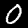
Label: 0